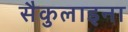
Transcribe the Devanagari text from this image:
सैकुलाइना